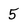
Character: 5